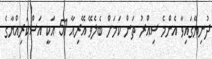
ދުނިޔޭގައިވާ އެންމެ ސިއްރު ތަން ކަމަށް ބެލެވޭ އޭރިއާ 51 އަކީ އަސްކަރިއްޔާގެ